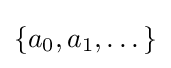
\{a_{0},a_{1},\dots \}